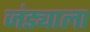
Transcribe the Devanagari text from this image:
जंड्याला